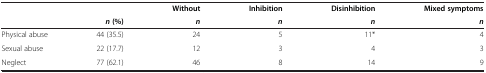
|  |  | Without | Inhibition | Disinhibition | Mixed symptoms |
 |  | n (%) | n | n | n | n |
 | --- | --- | --- | --- | --- | --- |
 | Physical abuse | 44 (35.5) | 24 | 5 | 11* | 4 |
 | Sexual abuse | 22 (17.7) | 12 | 3 | 4 | 3 |
 | Neglect | 77 (62.1) | 46 | 8 | 14 | 9 |